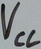
Text: VCC